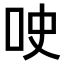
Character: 𫩢